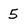
Character: 5